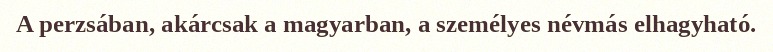
A perzsában, akárcsak a magyarban, a személyes névmás elhagyható.